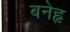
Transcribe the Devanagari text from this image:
बनेहृ